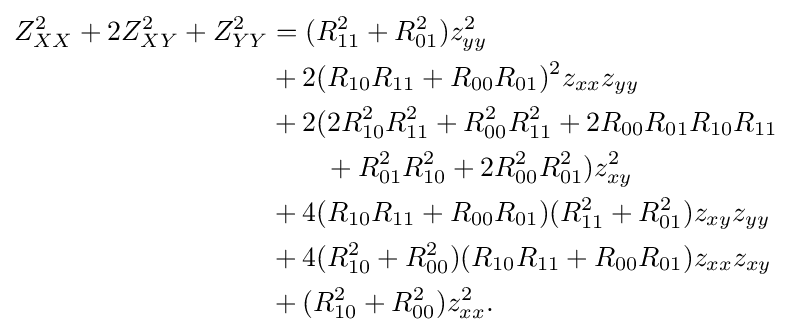
{\begin{aligned}Z_{XX}^{2}+2Z_{XY}^{2}+Z_{YY}^{2}&=(R_{11}^{2}+R_{01}^{2})z_{yy}^{2}\\&+2(R_{10}R_{11}+R_{00}R_{01})^{2}z_{xx}z_{yy}\\&+2(2R_{10}^{2}R_{11}^{2}+R_{00}^{2}R_{11}^{2}+2R_{00}R_{01}R_{10}R_{11}\\&\qquad +R_{01}^{2}R_{10}^{2}+2R_{00}^{2}R_{01}^{2})z_{xy}^{2}\\&+4(R_{10}R_{11}+R_{00}R_{01})(R_{11}^{2}+R_{01}^{2})z_{xy}z_{yy}\\&+4(R_{10}^{2}+R_{00}^{2})(R_{10}R_{11}+R_{00}R_{01})z_{xx}z_{xy}\\&+(R_{10}^{2}+R_{00}^{2})z_{xx}^{2}.\\\end{aligned}}